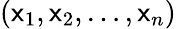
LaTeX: (\mathsf{x}_{1},\mathsf{x}_{2},\ldots,\mathsf{x}_{n})